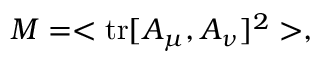
M = < \mathrm { t r } [ A _ { \mu } , A _ { \nu } ] ^ { 2 } > ,